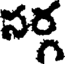
సర్గ